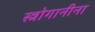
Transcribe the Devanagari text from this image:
स्त्रोगानीना